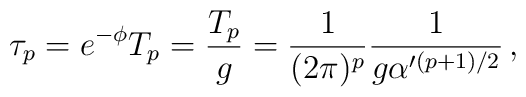
\tau_p = e^{-\phi}T_p = \frac{T_p}{g} =            \frac{1}{(2\pi)^p}\frac{1}{g\alpha'^{(p+1)/2}} \, ,